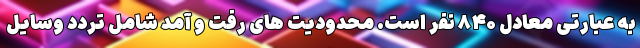
به عبارتی معادل ۸۴۰ نفر است. محدودیت های رفت و آمد شامل تردد وسایل